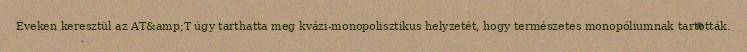
Éveken keresztül az AT&amp;T úgy tarthatta meg kvázi-monopolisztikus helyzetét, hogy természetes monopóliumnak tartották.